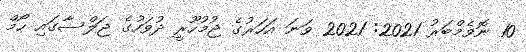
10 ނޮވެމްބަރު 2021: 2021 ވަނަ އަހަރުގެ ޖުމުހޫރީ ދުވަހުގެ ޖަލްސާގައި ހޯމް